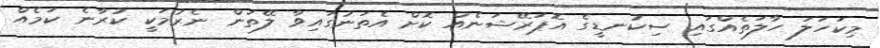
މިކަހަލަ ހާލަތެއްގައި ސިކުނޑީގެ އޮޕަރޭޝަނެއް ކޮށް އެތަނުގައިވާ ލޭތަން ނެރުމަކީ ކުރާނެ ކަމެއް